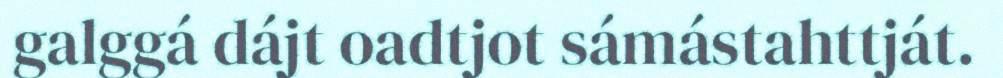
galggá dájt oadtjot sámástahttját.